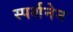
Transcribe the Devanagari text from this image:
स्पर्शनेन